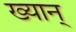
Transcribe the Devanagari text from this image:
ख्यान्